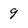
Character: 9